Madras plague regulations and rules for the inspection of inward and outward bound vessels - Volume 1
Disease focus: Plague
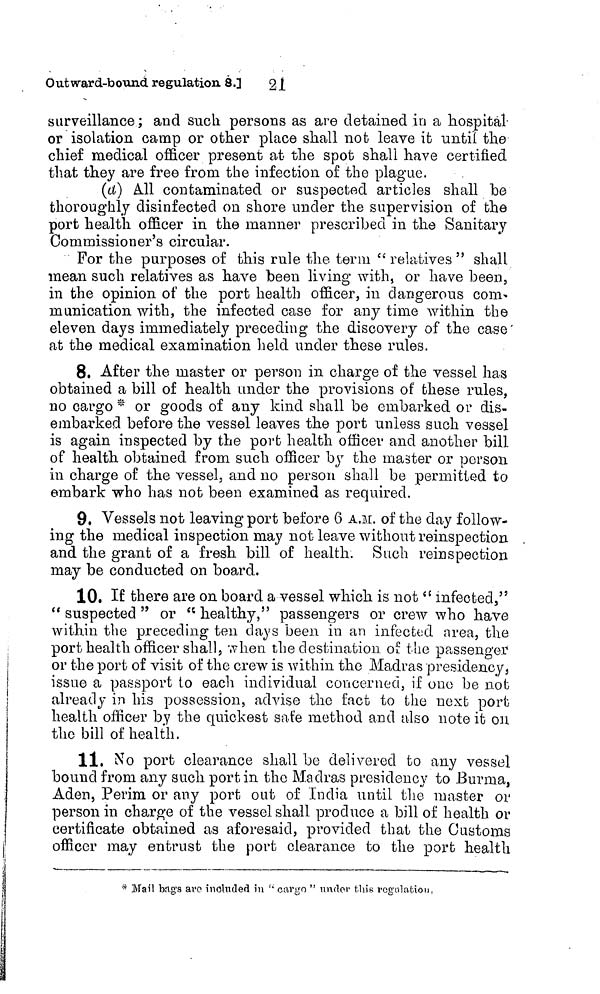
21
Outward-bound regulation 8.]
surveillance; and such persons as are detained in a hospital-
or isolation, camp or other place shall not leave it until the
chief medical officer present at the spot shall have certified
that they are free from the infection of the plague.
(d) All contaminated or suspected articles shall be
thoroughly disinfected on shore under the supervision of the
port health officer in the manner prescribed in the Sanitary
Commissioner's circular.
For the purposes of this rule the term " relatives " shall
mean such relatives as have been living with, or have been,
in the opinion of the port health officer, in dangerous com-
munication with, the infected case for any time within the
eleven days immediately preceding the discovery of the case
at the medical examination held under these rules.
8, After the master or person in charge of the vessel has
obtained a bill of health under the provisions of these rules,
no cargo * or goods of any kind shall be embarked or dis-
embarked before the vessel leaves the port unless such vessel
is again inspected by the port health officer and another bill
of health obtained from such officer by the master or person
in charge of the vessel, and no person shall be permitted to
embark who has not been examined as required.
9. Vessels not leaving port before 6 A.M. of the day follow-
ing the medical inspection may not leave without reinspection
and the grant of a fresh bill of health. Such reinspection
may be conducted on board.
10. If there are on board a vessel which is not "infected,"
" suspected " or " healthy," passengers or crew who have
within the preceding ten days been in an infected area, the
port health officer shall, when the destination of the passenger
or the port of visit of the crew is within the Madras presidency,
issue a passport to each individual concerned, if one be not
already in his possession, advise the fact to the next port
health officer by the quickest safe method and also note it ou
the bill of health.
11, No port clearance shall be delivered to any vessel
bound from any such port in the Madras presidency to Burma,
Aden, Perim or any port out of India until the master or
person in charge of the vessel shall produce a bill of health or
certificate obtained as aforesaid, provided that the Customs
officer may entrust the port clearance to the port health
* Mail bag's are included in " cargo " under this regulation.